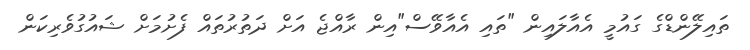
ތައިލޭންޑްގެ ގައުމީ އެއާލައިން "ތައި އެއާވޭސް"އިން ރާއްޖެ އަށް ދަތުރުތައް ފެށުމަށް ޝައުގުވެރިކަން